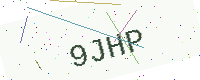
Text: 9JHP